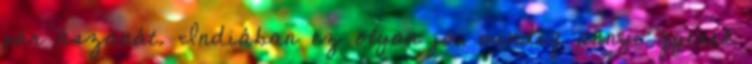
pár ászanát. Indiában ez olyan jó, mindig annyi gyerek